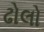
ઢોલો